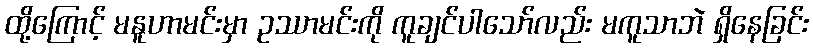
ထို့ကြောင့် မနူဟာမင်းမှာ ဥဿာမင်းကို ကူချင်ပါသော်လည်း မကူသာဘဲ ရှိနေခြင်း